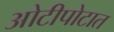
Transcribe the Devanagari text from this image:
ओटीपोटात